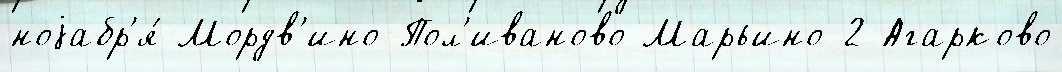
ноjабр'я́ Мордв'ино-Пол'иваново Марьино-2 Агарково